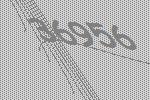
36956